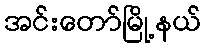
အင်းတော်မြို့နယ်